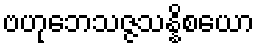
ဗဟုဘေသဇ္ဇသန္နိစယော